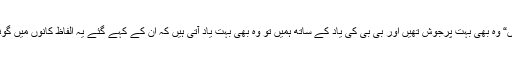
حور لگ رہی ہیں“ وہ بھی بہت پرجوش تھیں اور بی بی کی یاد کے ساتھ ہمیں تو وہ بھی بہت یاد آتی ہیں کہ ان کے کہے گئے یہ الفاظ کانوں میں گونجتے رہتے ہیں۔